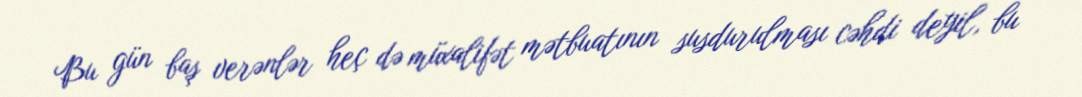
Bu gün baş verənlər heç də müxalifət mətbuatının susdurulması cəhdi deyil, bu